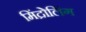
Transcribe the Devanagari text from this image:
मिंद्रोलिंग